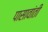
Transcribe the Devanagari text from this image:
पासावांती